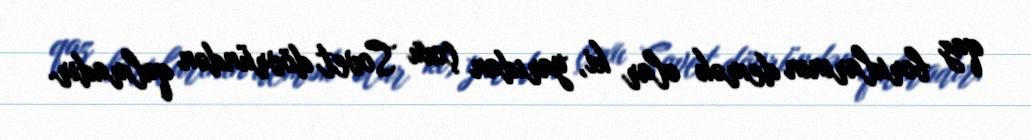
qaz borularının demək olar ki, yarıdan çoxu Sovet dövründən qalmadır.